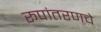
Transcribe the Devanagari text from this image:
रूपांतरणचे